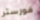
فورستر